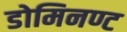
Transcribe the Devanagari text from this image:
डोमिनण्ट